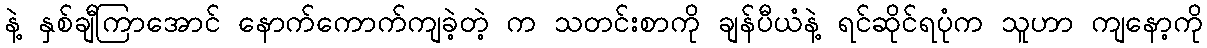
နဲ့ နှစ်ချီကြာအောင် နောက်ကောက်ကျခဲ့တဲ့ က သတင်းစာကို ချန်ပီယံနဲ့ ရင်ဆိုင်ရပုံက သူဟာ ကျနော့ကို